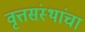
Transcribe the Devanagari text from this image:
वृत्तसंस्थांचा